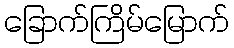
ခြောက်ကြိမ်မြောက်